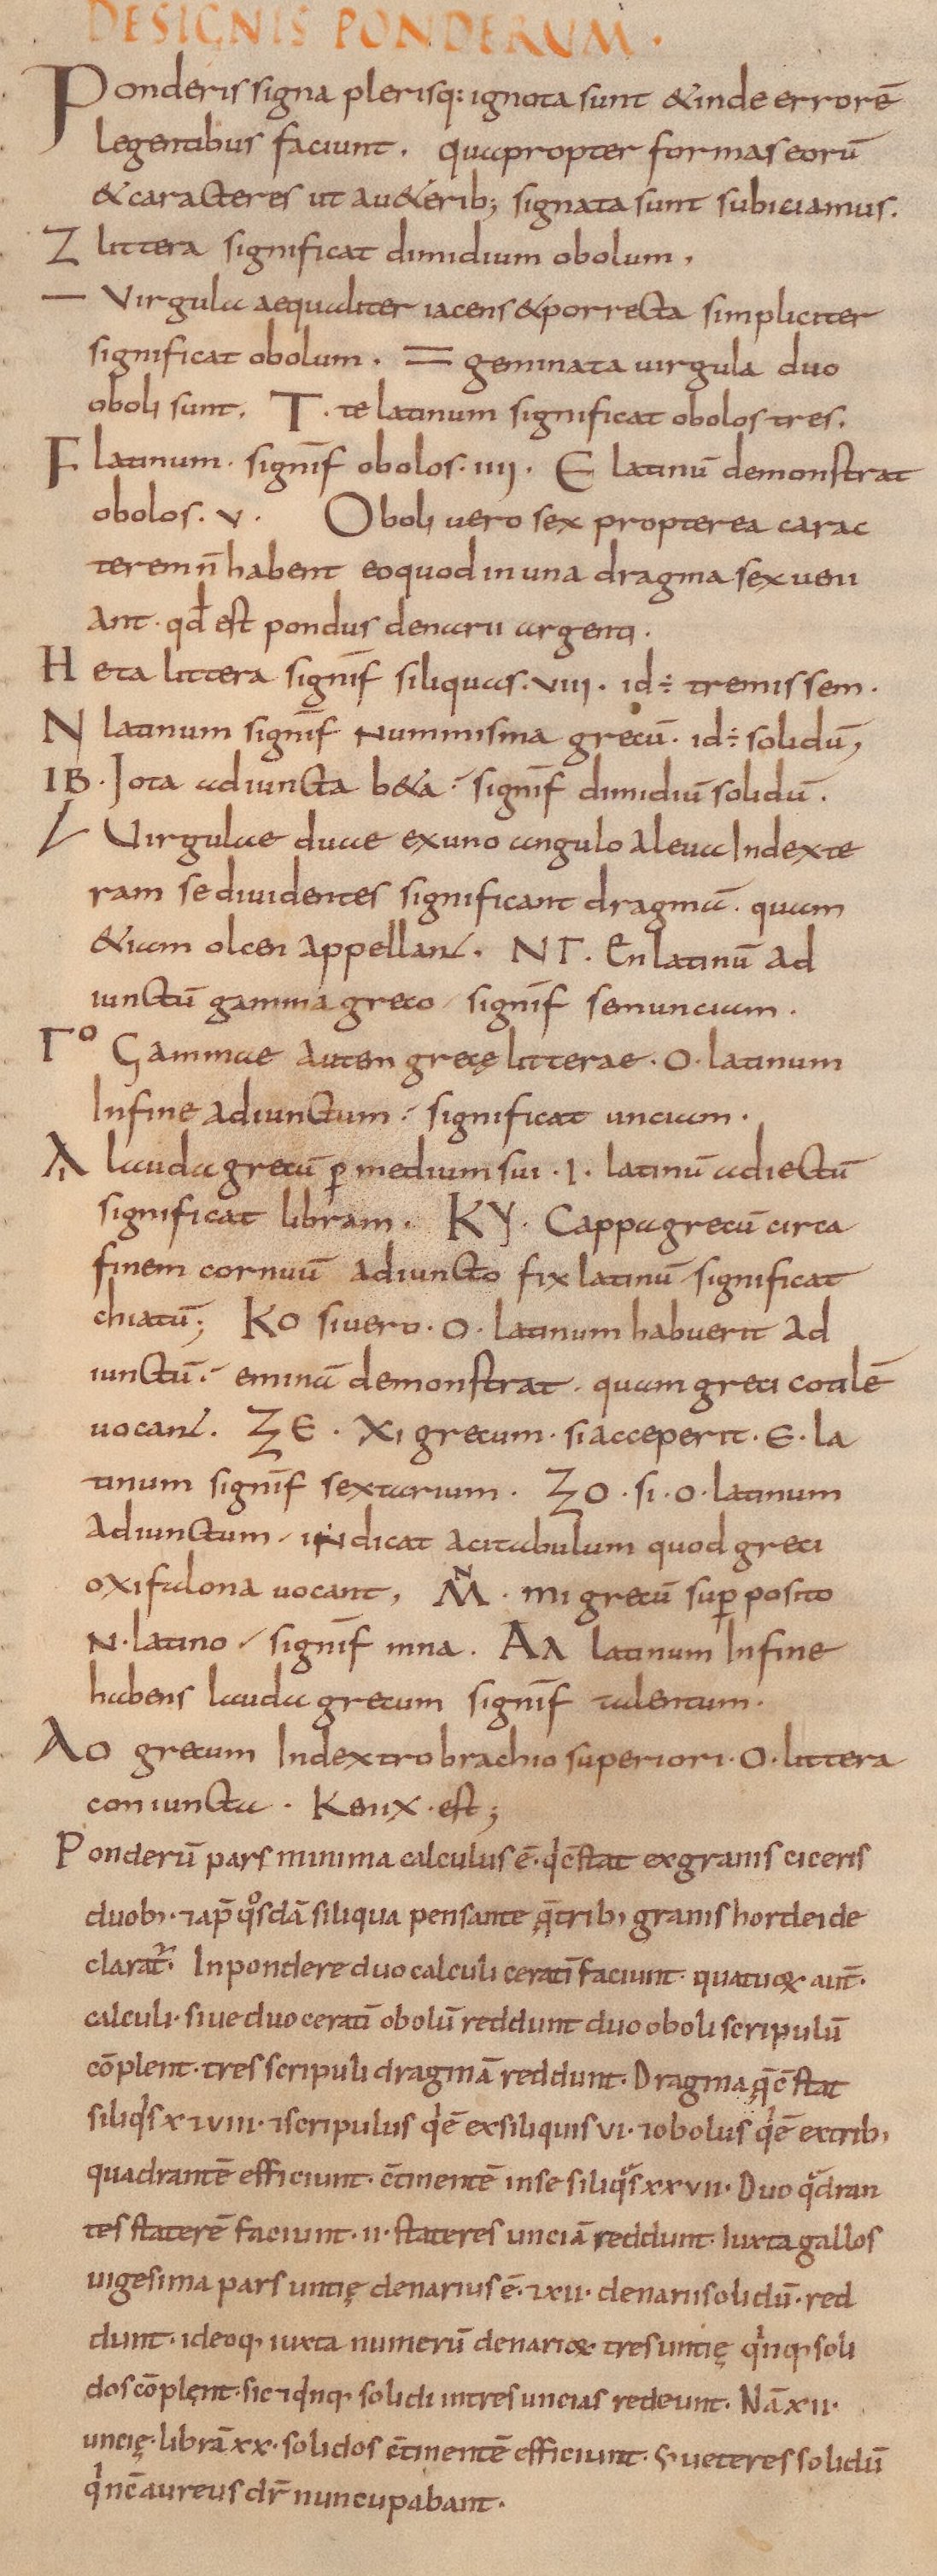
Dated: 825–1000